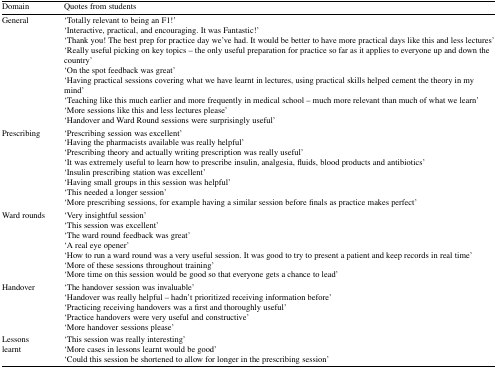
<table><thead><tr><td><b>Domain</b></td><td><b>Quotes from students</b></td></tr></thead><tbody><tr><td>General</td><td>‘Totally relevant to being an F1!’‘Interactive, practical, and encouraging. It was Fantastic!’‘Thank you! The best prep for practice day we’ve had. It would be better to have more practical days like this and less lectures’‘Really useful picking on key topics – the only useful preparation for practice so far as it applies to everyone up and down the country’‘On the spot feedback was great’‘Having practical sessions covering what we have learnt in lectures, using practical skills helped cement the theory in my mind’‘Teaching like this much earlier and more frequently in medical school – much more relevant than much of what we learn’‘More sessions like this and less lectures please’‘Handover and Ward Round sessions were surprisingly useful’</td></tr><tr><td>Prescribing</td><td>‘Prescribing session was excellent’‘Having the pharmacists available was really helpful’‘Prescribing theory and actually writing prescription was really useful’‘It was extremely useful to learn how to prescribe insulin, analgesia, fluids, blood products and antibiotics’‘Insulin prescribing station was excellent’‘Having small groups in this session was helpful’‘This needed a longer session’‘More prescribing sessions, for example having a similar session before finals as practice makes perfect’</td></tr><tr><td>Ward rounds</td><td>‘Very insightful session’‘This session was excellent’‘The ward round feedback was great’‘A real eye opener’‘How to run a ward round was a very useful session. It was good to try to present a patient and keep records in real time’‘More of these sessions throughout training’‘More time on this session would be good so that everyone gets a chance to lead’</td></tr><tr><td>Handover</td><td>‘The handover session was invaluable’‘Handover was really helpful – hadn’t prioritized receiving information before’‘Practicing receiving handovers was a first and thoroughly useful’‘Practice handovers were very useful and constructive’‘More handover sessions please’</td></tr><tr><td>Lessons learnt</td><td>‘This session was really interesting’‘More cases in lessons learnt would be good’‘Could this session be shortened to allow for longer in the prescribing session’</td></tr></tbody></table>